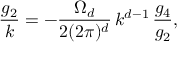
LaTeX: \frac { \d g _ { 2 } } { \d k } = - \frac { \Omega _ { d } } { 2 ( 2 \pi ) ^ { d } } \, k ^ { d - 1 } \, \frac { g _ { 4 } } { g _ { 2 } } ,